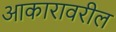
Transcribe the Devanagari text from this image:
आकारावरील